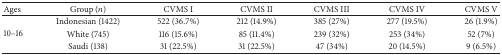
| Ages | Group (n) | CVMS I | CVMS II | CVMS III | CVMS IV | CVMS V |
 | --- | --- | --- | --- | --- | --- | --- |
 | <ROWSPAN=3> 10–16 | Indonesian (1422) | 522 (36.7%) | 212 (14.9%) | 385 (27%) | 277 (19.5%) | 26 (1.9%) |
 | White (745) | 116 (15.6%) | 85 (11.4%) | 239 (32%) | 253 (34%) | 52 (7%) |
 | Saudi (138) | 31 (22.5%) | 31 (22.5%) | 47 (34%) | 20 (14.5%) | 9 (6.5%) |